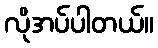
လိုအပ်ပါတယ်။